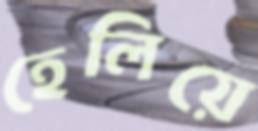
হেলিয়ে